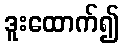
ဒူးထောက်၍